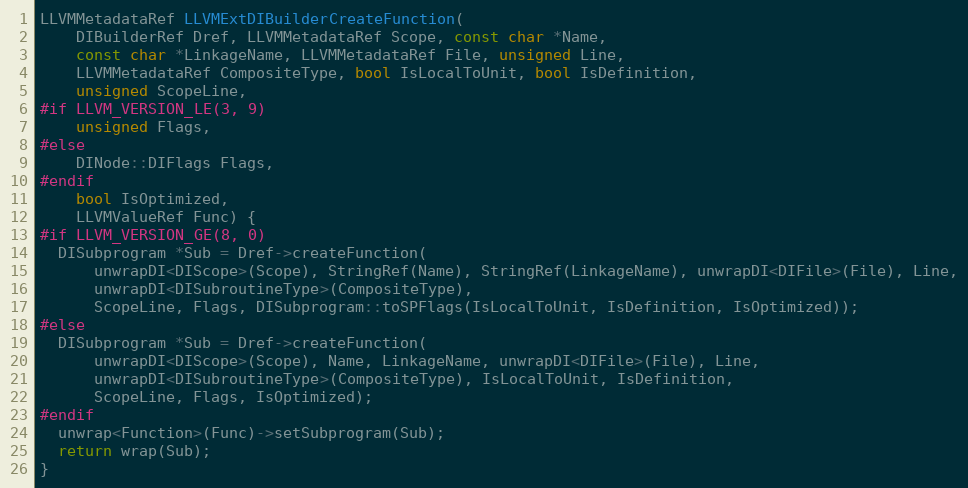
Language: C++
LLVMMetadataRef LLVMExtDIBuilderCreateFunction(
    DIBuilderRef Dref, LLVMMetadataRef Scope, const char *Name,
    const char *LinkageName, LLVMMetadataRef File, unsigned Line,
    LLVMMetadataRef CompositeType, bool IsLocalToUnit, bool IsDefinition,
    unsigned ScopeLine,
#if LLVM_VERSION_LE(3, 9)
    unsigned Flags,
#else
    DINode::DIFlags Flags,
#endif
    bool IsOptimized,
    LLVMValueRef Func) {
#if LLVM_VERSION_GE(8, 0)
  DISubprogram *Sub = Dref->createFunction(
      unwrapDI<DIScope>(Scope), StringRef(Name), StringRef(LinkageName), unwrapDI<DIFile>(File), Line,
      unwrapDI<DISubroutineType>(CompositeType),
      ScopeLine, Flags, DISubprogram::toSPFlags(IsLocalToUnit, IsDefinition, IsOptimized));
#else
  DISubprogram *Sub = Dref->createFunction(
      unwrapDI<DIScope>(Scope), Name, LinkageName, unwrapDI<DIFile>(File), Line,
      unwrapDI<DISubroutineType>(CompositeType), IsLocalToUnit, IsDefinition,
      ScopeLine, Flags, IsOptimized);
#endif
  unwrap<Function>(Func)->setSubprogram(Sub);
  return wrap(Sub);
}